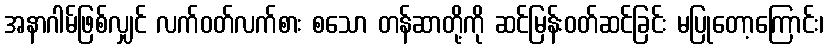
အနာဂါမ်ဖြစ်လျှင် လက်ဝတ်လက်စား စသော တန်ဆာတို့ကို ဆင်မြန်းဝတ်ဆင်ခြင်း မပြုတော့ကြောင်း၊